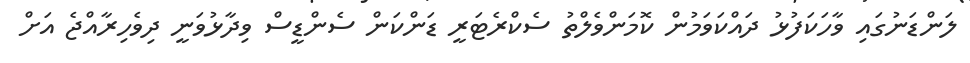
ލަންޑަނުގައި ވާހަކަފުޅު ދައްކަވަމުން ކޮމަންވެލްތު ސެކްރެޓަރީ ޑަންކަން ސެންޑީސް ވިދާޅުވަނީ ދިވެހިރާއްޖެ އަށް